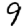
Digit: 9